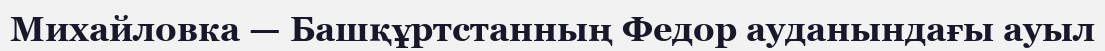
Михайловка — Башқұртстанның Федор ауданындағы ауыл